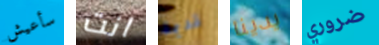
سأعيش انت قديمة يدينا ضروري